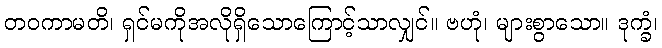
တဝကာမတိ၊ ရှင်မကိုအလိုရှိသောကြောင့်သာလျှင်။ ဗဟုံ၊ များစွာသော။ ဒုက္ခံ၊